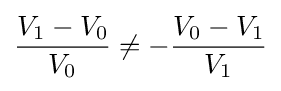
{\frac {V_{1}-V_{0}}{V_{0}}}\neq -{\frac {V_{0}-V_{1}}{V_{1}}}